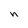
Character: n